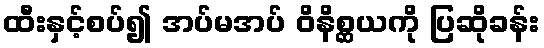
ထီးနှင့်စပ်၍ အပ်မအပ် ဝိနိစ္ဆယကို ပြဆိုခန်း